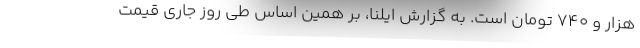
هزار و ۷۴۰ تومان است. به گزارش ایلنا، بر همین‌ اساس طی روز جاری قیمت